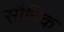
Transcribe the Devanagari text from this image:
सौत्रिक